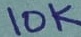
Text: 10K